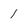
Character: 1